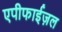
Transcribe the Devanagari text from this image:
एपीफाईज़ल